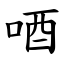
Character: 唒